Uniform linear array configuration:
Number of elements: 16
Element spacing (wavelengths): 0.5
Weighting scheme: cosine
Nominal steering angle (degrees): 15
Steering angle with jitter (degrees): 13.139
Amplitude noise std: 0.05
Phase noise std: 0.05

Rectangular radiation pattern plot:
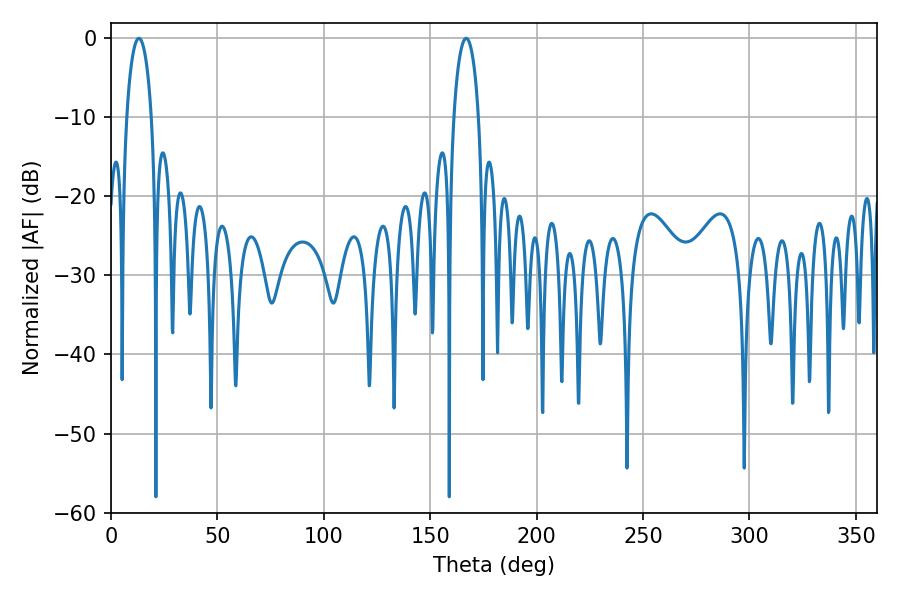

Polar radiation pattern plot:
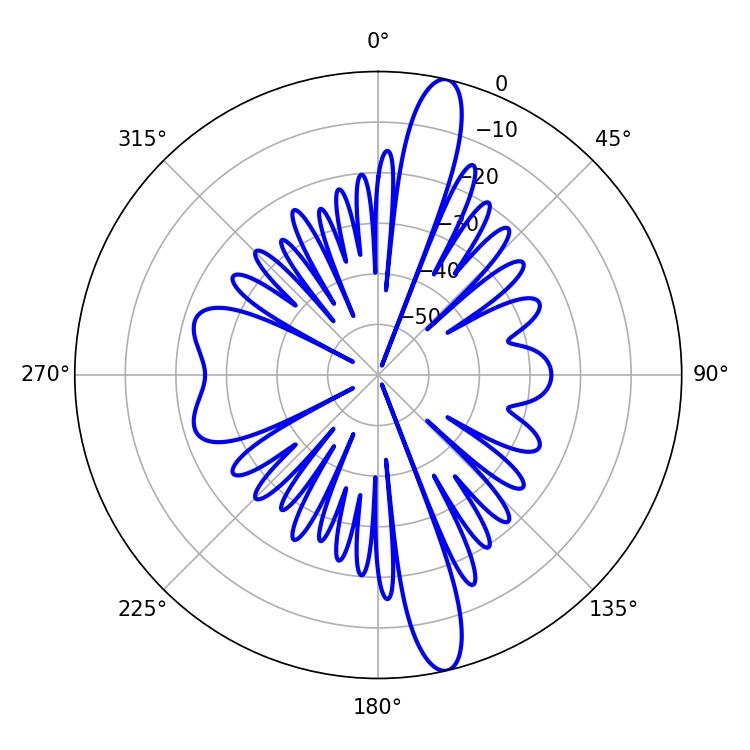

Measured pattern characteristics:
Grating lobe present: FALSE
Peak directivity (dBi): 15.495
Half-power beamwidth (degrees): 6.66
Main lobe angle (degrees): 13.14